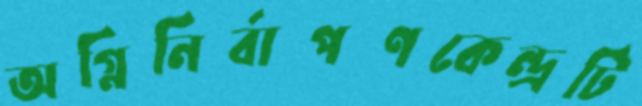
অগ্নিনির্বাপণকেন্দ্রটি